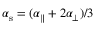
\alpha _ { \mathrm { s } } = ( \alpha _ { \parallel } + 2 \alpha _ { \perp } ) / 3